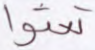
تعثوا